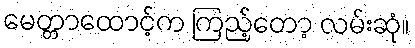
မေတ္တာထောင့်က ကြည့်တော့ လမ်းဆုံ။